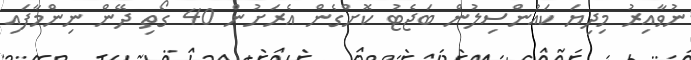
ނުވާއިރު މިދިޔަ ކައުންސިލުން ބަޖެޓު ކޮށްގެން އެރަށުން 40 ގޯތި ދޭން ނިންމާފައި